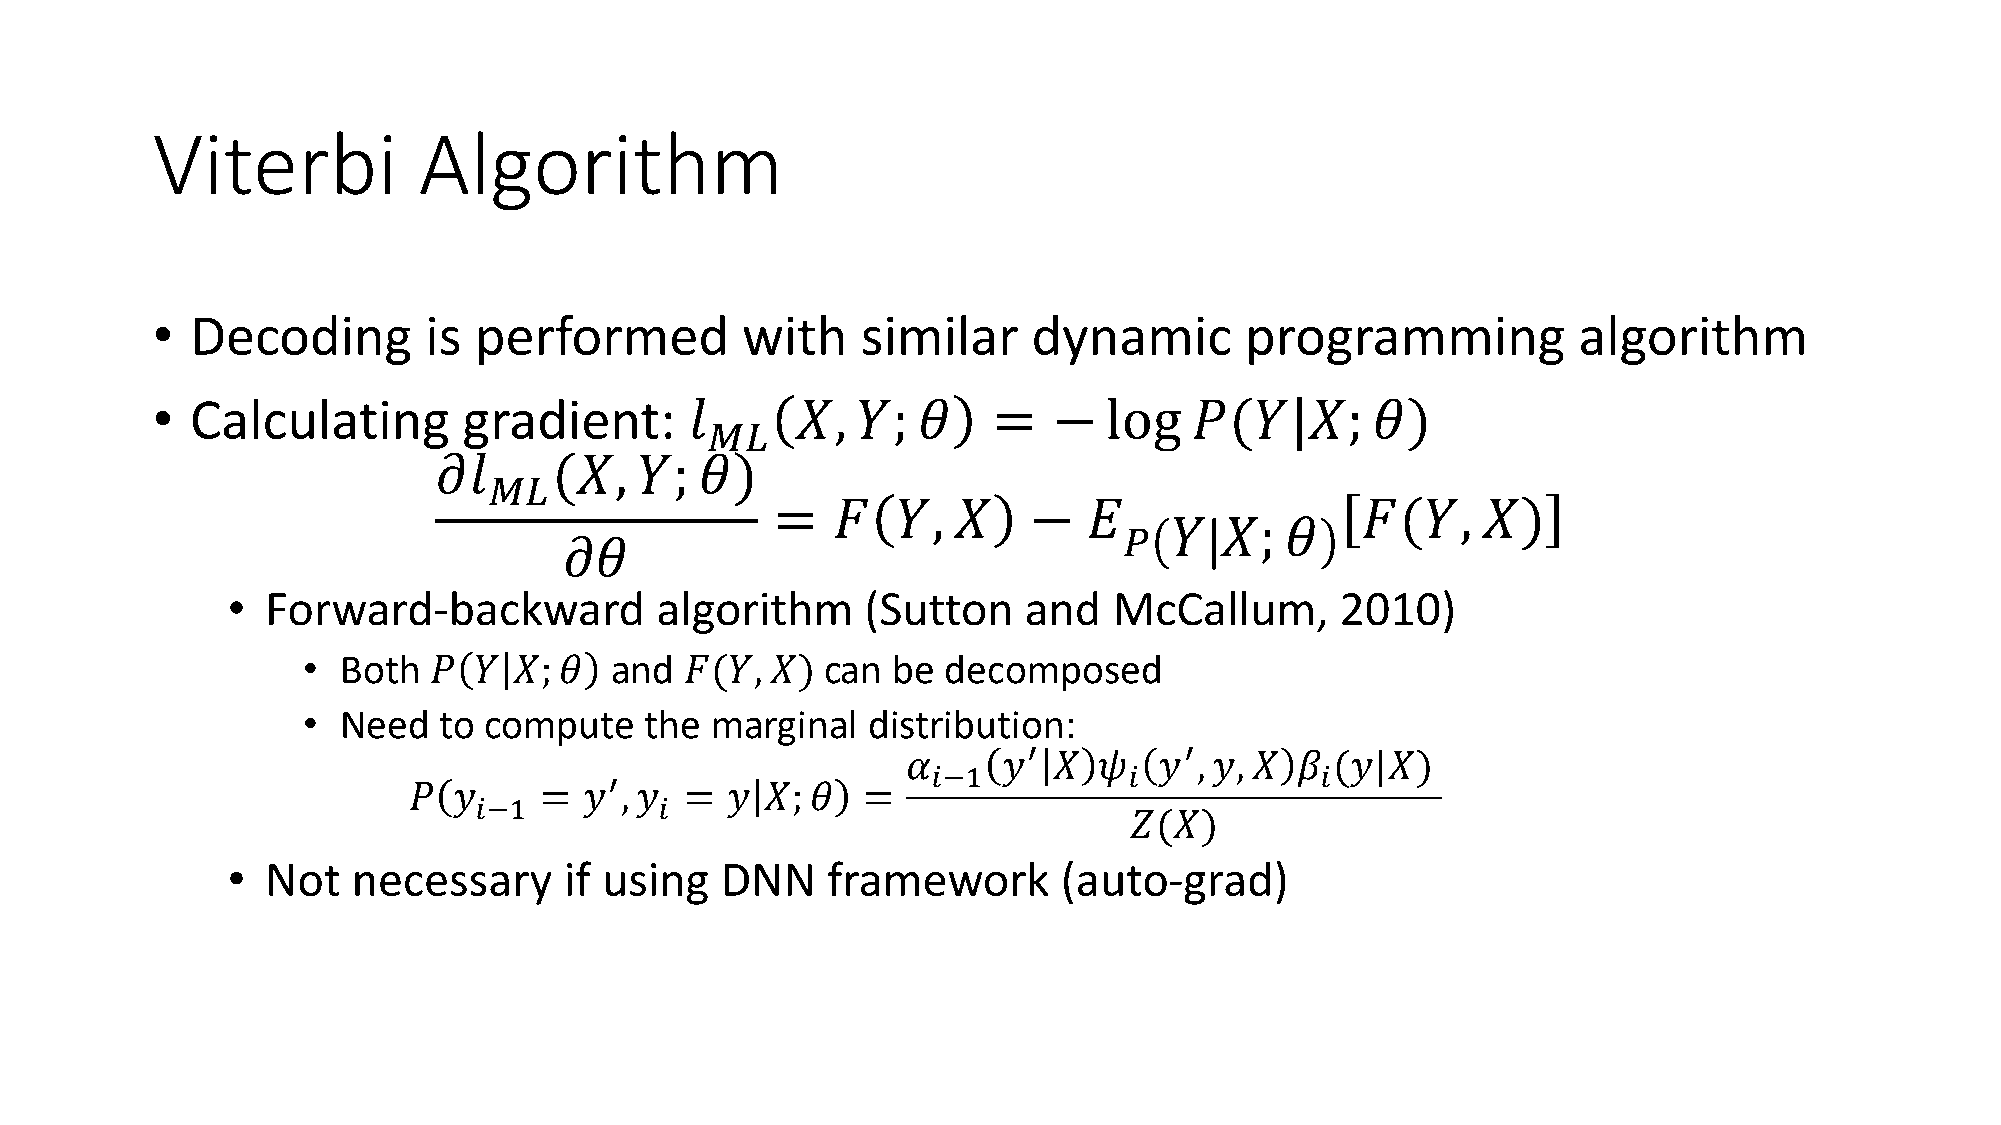
Viterbi           Algorithm
 •  Decoding       is performed         with    similar    dynamic       programming           algorithm
 •  Calculating       gradient:      𝑙      𝑋,  𝑌;  𝜃    =   −  log   𝑃(𝑌|𝑋;      𝜃)
 𝑀𝐿
 𝜕𝑙      (𝑋,  𝑌;  𝜃)
 𝑀𝐿
 =   𝐹   𝑌,  𝑋    −   𝐸                 𝐹(𝑌,    𝑋)
 𝑌   𝑋;  𝜃
 𝑃
 𝜕𝜃
 •  Forward-backward         algorithm     (Sutton    and   McCallum,      2010)
 •  Both 𝑃  𝑌  𝑋; 𝜃  and  𝐹(𝑌,  𝑋)  can be  decomposed
 •  Need  to compute    the marginal  distribution:
 ′         ′
 𝛼     𝑦   𝑋  𝜓   𝑦 , 𝑦, 𝑋 𝛽 (𝑦|𝑋)
 𝑖−1          𝑖           𝑖
 ′
 𝑃  𝑦     =  𝑦 , 𝑦 =  𝑦  𝑋; 𝜃  =
 𝑖−1          𝑖
 𝑍(𝑋)
 •  Not  necessary     if using   DNN    framework      (auto-grad)